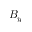
B _ { y }